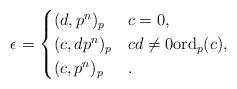
LaTeX: \begin{align*} \epsilon = \begin{cases} (d,p^n)_p & c = 0,\\ (c,dp^n)_p & cd \neq 0 \mathrm{ord}_p(c) ,\\ (c,p^n)_p & . \end{cases}\end{align*}